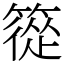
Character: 篵